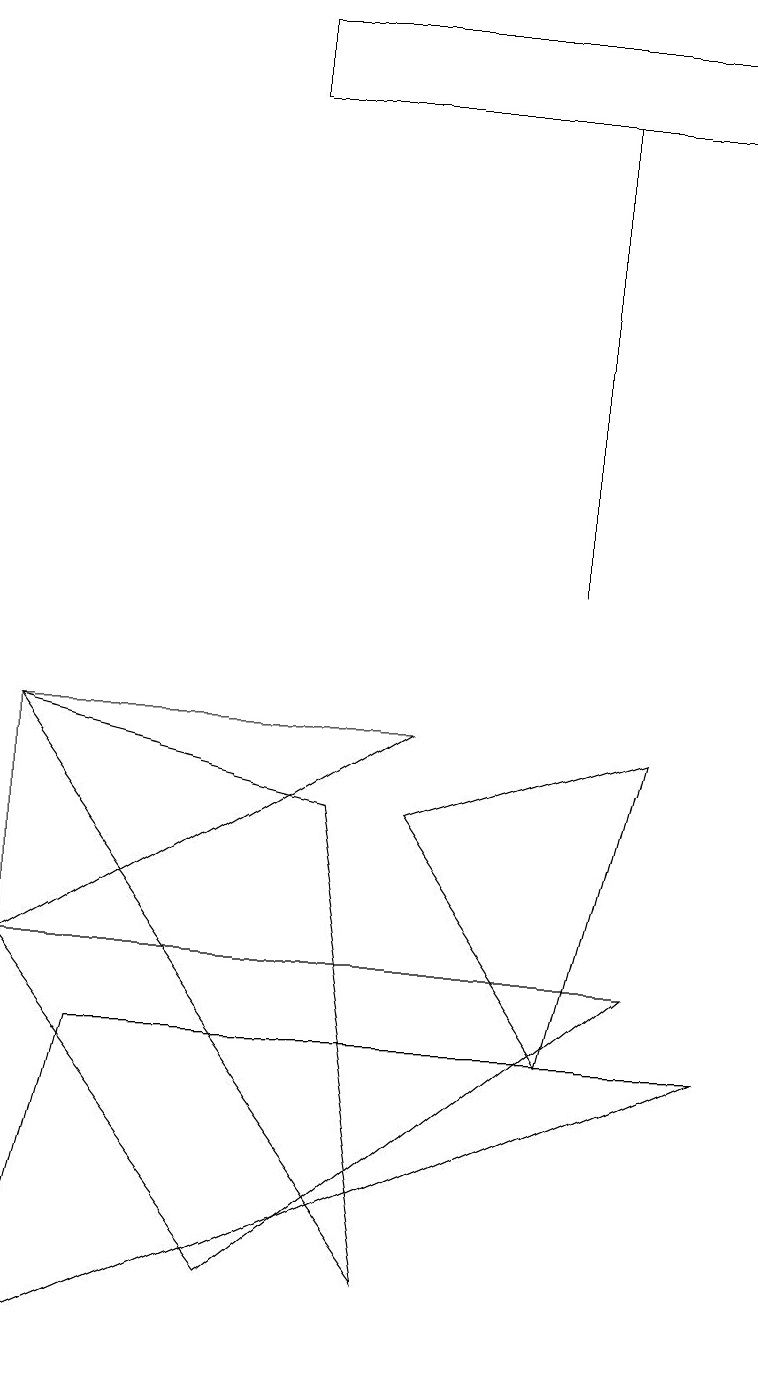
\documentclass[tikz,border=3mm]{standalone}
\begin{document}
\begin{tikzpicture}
\draw (0,9) -- (5,2) -- (4,8) -- cycle;
\draw (9,17) rectangle (3,18);
\draw (7,11) rectangle (7,17);
\draw (0,6) -- (8,6) -- (3,2) -- cycle;
\draw (0,9) -- (0,6) -- (5,9) -- cycle;
\draw (1,5) -- (9,5) -- (0,1) -- cycle;
\draw (5,8) -- (8,9) -- (7,5) -- cycle;
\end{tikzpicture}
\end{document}